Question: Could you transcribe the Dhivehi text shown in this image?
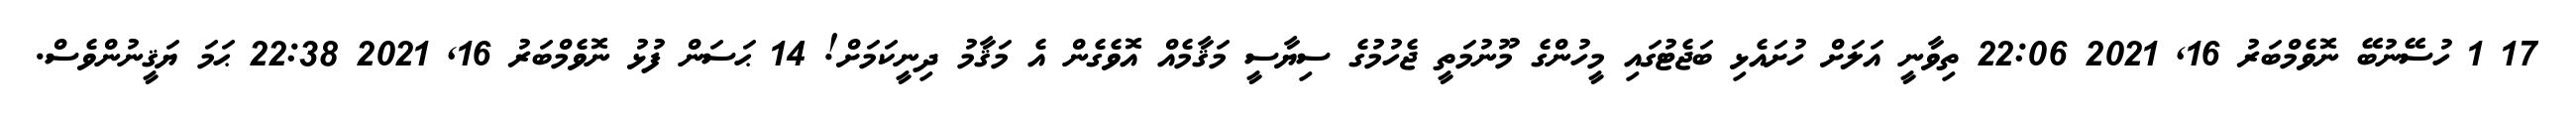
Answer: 17 1 ހުސޭނުބޭ ނޮވެމްބަރު 16, 2021 22:06 ތިވާނީ އަލަށް ހުށައެޅި ބަޖެޓުގައި މީހުންގެ މޫނުމަތީ ޖެހުމުގެ ސިޔާސީ މަޤާމެއް އޮވެގެން އެ މަޤާމު ދިނީކަމަށް! 14 ޙަސަން ފުޅު ނޮވެމްބަރު 16, 2021 22:38 ޙަމަ ޔަޤީނުންވެސް.